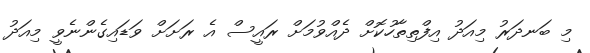
މި ބަނދަރު މިއަދު އިފްތިތާހުކޮށް ދެއްވުމަށް ރައީސް އެ ރަށަށް ވަޑައިގެންނެވީ މިއަދު